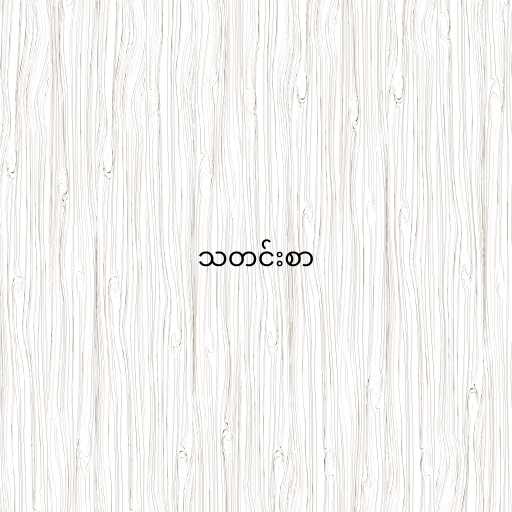
သတင်းစာ